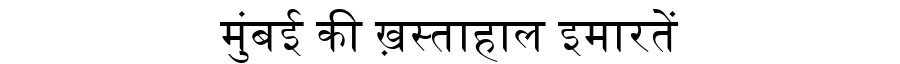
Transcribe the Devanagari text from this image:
मुंबई की ख़स्ताहाल इमारतें